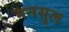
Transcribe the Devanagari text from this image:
मनसुल